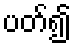
ပတ်၍